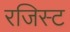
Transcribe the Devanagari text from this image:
रजिस्ट